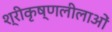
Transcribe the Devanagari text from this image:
श्रीकृष्णलीलाओं